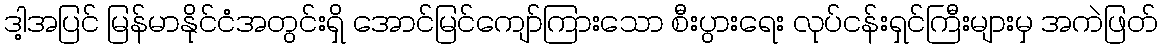
ဒါ့အပြင် မြန်မာနိုင်ငံအတွင်းရှိ အောင်မြင်ကျော်ကြားသော စီးပွားရေး လုပ်ငန်းရှင်ကြီးများမှ အကဲဖြတ်